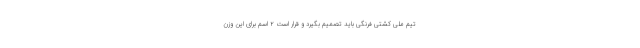
تیم ملی کشتی فرنگی باید تصمیم بگیرد و قرار است ۲ اسم برای این وزن